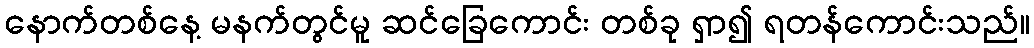
နောက်တစ်နေ့ မနက်တွင်မူ ဆင်ခြေကောင်း တစ်ခု ရှာ၍ ရတန်ကောင်းသည်။